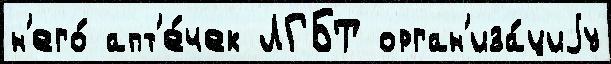
н'его́ апт'е́чек ЛГБТ орган'иза́циjу